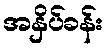
အနှိပ်ခန်း